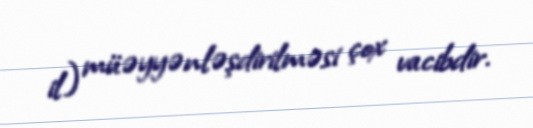
il) müəyyənləşdirilməsi çox vacibdir.